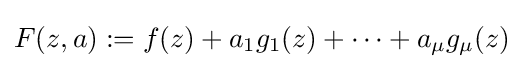
F(z,a):=f(z)+a_{1}g_{1}(z)+\cdots +a_{\mu }g_{\mu }(z)